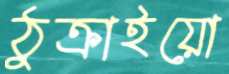
ঠুক্‌রাইয়ো